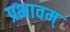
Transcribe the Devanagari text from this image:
प्रभावम्